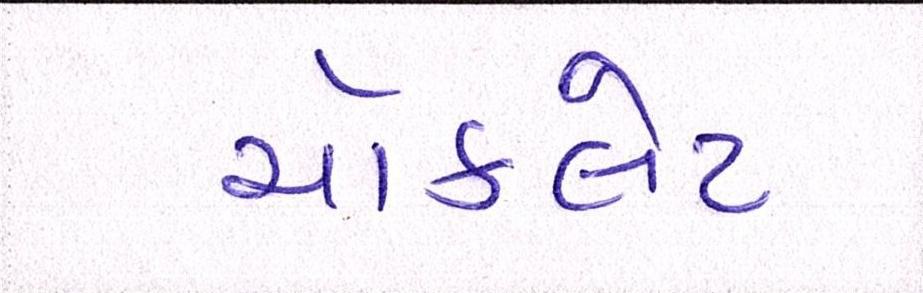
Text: ચૉકલેટ